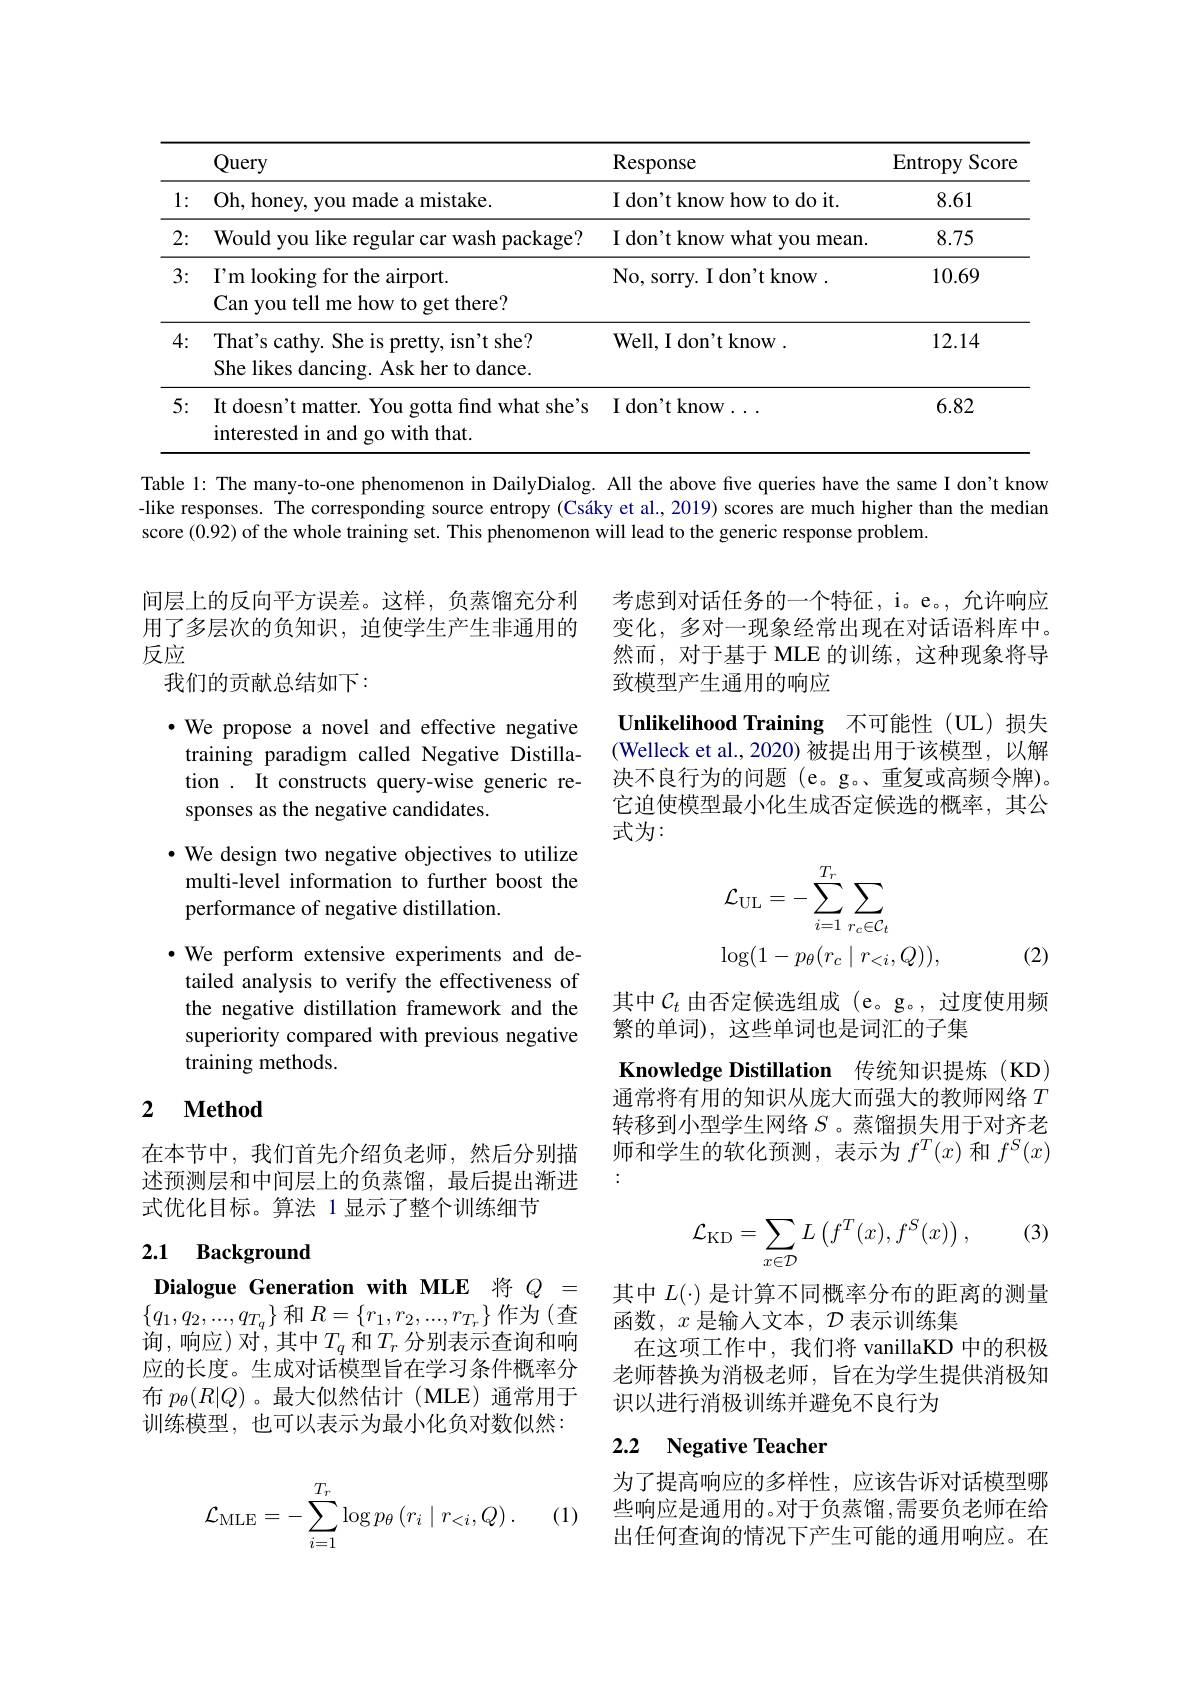
<table>
	<tbody>
		<tr>
			<th> </th>
			<th>Query</th>
			<th>Response</th>
			<th>$\operatorname{Entropy}$ $Scor\epsilon$</th>
		</tr>
		<tr>
			<td></td>
			<td>Oh, honey, you made a mistake.</td>
			<td>I don't know how to do it.</td>
			<td></td>
		</tr>
		<tr>
			<td>2:</td>
			<td>Would you like regular car wash package?</td>
			<td>I don't know what you mean.</td>
			<td>8.75</td>
		</tr>
		<tr>
			<td>3:</td>
			<td>$I^{\prime }$m looking for the airport. Can you tell me how to get there?</td>
			<td>No, sorry. I don't know .</td>
			<td>10.69</td>
		</tr>
		<tr>
			<td>4:</td>
			<td>That's cathy. She is pretty, isn't she? She likes dancing. Ask her to dance</td>
			<td>${\mathrm{Well,~I~don't~know~}}.$</td>
			<td>12.14</td>
		</tr>
		<tr>
			<td>5:</td>
			<td>It doesn't matter. You gotta find what she's interested in and go with that.</td>
			<td>${\mathrm{I~don't~know}}$</td>
			<td>6.82</td>
		</tr>
	</tbody>
</table>

Table l: The many-to-one phenomenon in DailyDialog. All the above five queries have the same I don't know -like responses. The corresponding source entropy (Csáky et al., 2019) scores are much higher than the median score (0.92) of the whole training set. This phenomenon will lead to the generic response problem.

考虑到对话任务的一个特征，i。e。, 允许响应变化，多对一现象经常出现在对话语料库中。然而，对于基于 MLE 的训练，这种现象将导致模型产生通用的响应

$\textbf{Unlikelihood Training}$不可能性(UL)损失(Welleck et al., 2020) 被提出用于该模型，以解决不良行为的问题 (e。g。、重复或高频令牌)。它迫使模型最小化生成否定候选的概率，其公式为：

间层上的反向平方误差。这样，负蒸馏充分利用了多层次的负知识，迫使学生产生非通用的反应
我们的贡献总结如下：
$\bullet$ We propose a novel and effective negative training paradigm called Negative Distillation . It constructs query-wise generic responses as the negative candidates.
· We design two negative objectives to utilize
multi-level information to further boost the
performance of negative distillation.
$\bullet$ We perform extensive experiments and detailed analysis to verify the effectiveness of the negative distillation framework and the superiority compared with previous negative training methods.
$$\begin{aligned}&\mathcal{L}_{\mathrm{UL}}=-\sum_{i=1}^{T_{r}}\sum_{r_{c}\in\mathcal{C}_{t}}\\&\log(1-p_{\theta}(r_{c}\mid r_{<i},Q)),\end{aligned}$$
(2)

其中$\mathcal{C}_t$由否定候选组成 (e。g。, 过度使用频
繁的单词),这些单词也是词汇的子集

Knowledge Distillation 传统知识提炼(KD) 通常将有用的知识从庞大而强大的教师网络$T$

## 2 $\textbf{Method}$

转移到小型学生网络$S$ 。蒸馏损失用于对齐老师和学生的软化预测，表示为$f^T(x)$和$f^S(x)$

在本节中，我们首先介绍负老师，然后分别描述预测层和中间层上的负蒸馏，最后提出渐进式优化目标。算法 1 显示了整个训练细节

(3)
$$\mathcal{L}_{\mathrm{KD}}=\sum_{x\in\mathcal{D}}L\left(f^{T}(x),f^{S}(x)\right),$$
## 2.1 Background

Dialogue Generation with MLE 将$Q_{1}=$ $\{q_{1},q_{2},...,q_{T_{q}}\}$和$R=\{r_1,r_2,...,r_{T_{r}}\}$作为(查

其中$L(\cdot)$是计算不同概率分布的距离的测量
函数，$x$是输入文本，$\mathcal{D}$表示训练集
在这项工作中，我们将 vanillaKD 中的积极老师替换为消极老师，旨在为学生提供消极知识以进行消极训练并避免不良行为

询，响应)对$^{^{^{\prime}},\text{其中}T_{q}\text{ 和}T_{r}\text{ 分别表示查询和响}}$ 应的长度。生成对话模型旨在学习条件概率分布$p_\theta(R|Q)$ 。最大似然估计(MLE)通常用于训练模型，也可以表示为最小化负对数似然：

# 2.2 Negative Teacher

为了提高响应的多样性，应该告诉对话模型哪些响应是通用的。对于负蒸馏，需要负老师在给出任何查询的情况下产生可能的通用响应。在

(1)
$$\mathcal{L}_{\mathrm{MLE}}=-\sum_{i=1}^{T_r}\log p_\theta\left(r_i\mid r_{<i},Q\right).$$